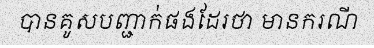
បានគូសបញ្ជាក់ផងដែរថា មានករណី